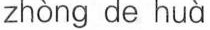
zhòng de huà